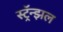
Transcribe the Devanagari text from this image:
स्ट्रॅन्झल